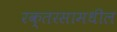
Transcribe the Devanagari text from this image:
रक्तरसामधील